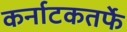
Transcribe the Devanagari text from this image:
कर्नाटकतर्फे